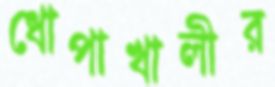
ধোপাখালীর